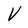
Character: V